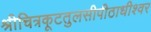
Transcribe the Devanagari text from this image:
श्रीचित्रकूटतुलसीपीठाधीश्वर